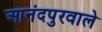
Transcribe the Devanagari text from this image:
आनंदपुरवाले